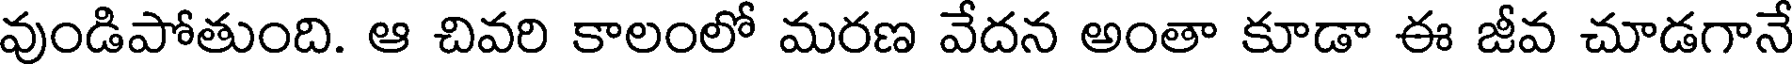
వుండిపోతుంది. ఆ చివరి కాలంలో మరణ వేదన అంతా కూడా ఈ జీవ చూడగానే